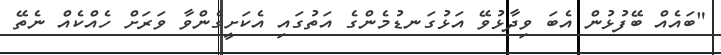
"ބައެއް ބޭފުޅުން އެބަ ވިދާޅުވޭ އަޅުގަނޑުމެންގެ އަތުގައި އެކަށީގެންވާ ވަރަށް ހެއްކެއް ނެތޭ